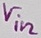
Text: Vin